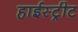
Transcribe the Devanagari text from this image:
हाईस्ट्रीट